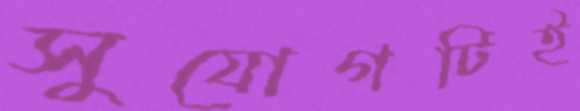
সুযোগটিই